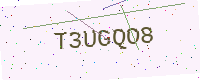
Text: T3UGQO8